Anatomy and histology of ticks - Number 23
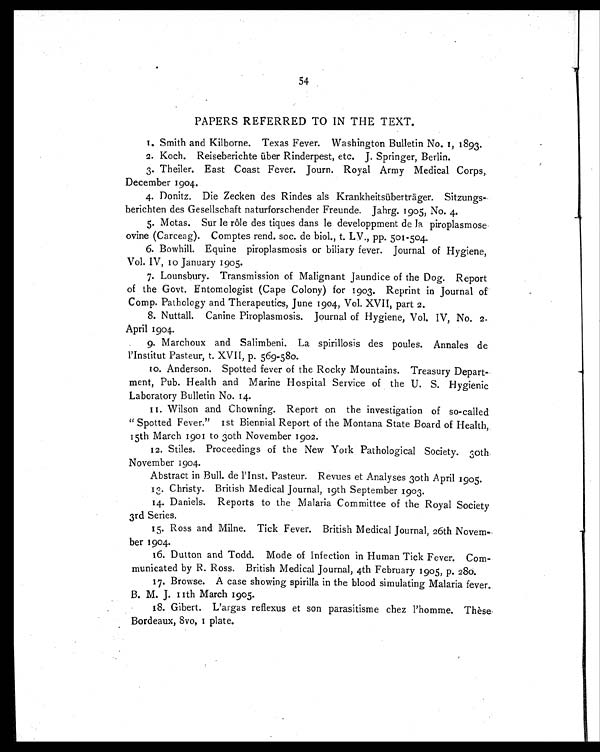
54
PAPERS REFERRED TO IN THE TEXT.
1. Smith and Kilborne. Texas Fever. Washington Bulletin No. 1, 1893.
2. Koch. Reiseberichte über Rinderpest, etc. J. Springer, Berlin.
3. Theiler. East Coast Fever. Journ. Royal Army Medical Corps,
December 1904.
4. Donitz. Die Zecken des Rindes als Krankheitsüberträger. Sitzungs-
berichten des Gesellschaft naturforschender Freunde. Jahrg. 1905, No. 4.
5. Motas. Sur le rôle des tiques dans le developpment de la piroplasmose
ovine (Carceag). Comptes rend. soc. de biol., t. LV., pp. 501-504.
6. Bowhill. Equine piroplasmosis or biliary fever. Journal of Hygiene,
Vol. IV, 10 January 1905.
7. Lounsbury. Transmission of Malignant Jaundice of the Dog. Report
of the Govt. Entomologist (Cape Colony) for 1903. Reprint in Journal of
Comp. Pathology and Therapeutics, June 1904, Vol. XVII, part 2.
8. Nuttall. Canine Piroplasmosis. Journal of Hygiene, Vol. IV, No. 2.
April 1904.
9. Marchoux and Salimbeni. La spirillosis des poules. Annales de
l'Institut Pasteur, t. XVII, p. 569-580.
10. Anderson. Spotted fever of the Rocky Mountains. Treasury Depart-
ment, Pub. Health and Marine Hospital Service of the U. S. Hygienic
Laboratory Bulletin No. 14.
11. Wilson and Chowning. Report on the investigation of so-called
"Spotted Fever." 1st Biennial Report of the Montana State Board of Health,
15th March 1901 to 30th November 1902.
12. Stiles. Proceedings of the New York Pathological Society. 30th
November 1904.
Abstract in Bull. de l'Inst. Pasteur. Revues et Analyses 30th April 1905.
13. Christy. British Medical Journal, 19th September 1903.
14. Daniels. Reports to the Malaria Committee of the Royal Society
3rd Series.
15. Ross and Milne. Tick Fever. British Medical Journal, 26th Novem-
ber 1904.
16. Dutton and Todd. Mode of Infection in Human Tick Fever. Com-
municated by R. Ross. British Medical Journal, 4th February 1905, p. 280.
17. Browse. A case showing spirilla in the blood simulating Malaria fever.
B. M. J. 11th March 1905.
18. Gibert. L'argas reflexus et son parasitisme chez l'homme. Thèse
Bordeaux, 8vo, 1 plate.